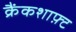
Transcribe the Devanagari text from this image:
क्रैंकशाफ़्ट